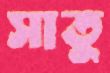
সাতু